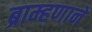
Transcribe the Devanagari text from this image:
ब्राम्हणाने